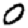
Digit: 0